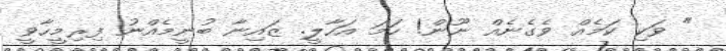
" ވަކި ކަމެއް ވެގެނެއް ނޫން! ހަމަ އަހާލީ. ޒައިނާ ބުނީމެއްނު ފިރިމީހާވީ